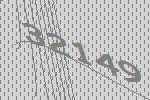
32149